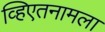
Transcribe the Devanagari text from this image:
व्हिएतनामला